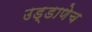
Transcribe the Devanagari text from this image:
उड्डाणेच